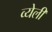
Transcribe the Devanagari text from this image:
व्येली